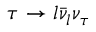
\tau \to l \bar { \nu } _ { l } \nu _ { \tau }